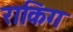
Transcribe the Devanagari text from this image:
राकिंग